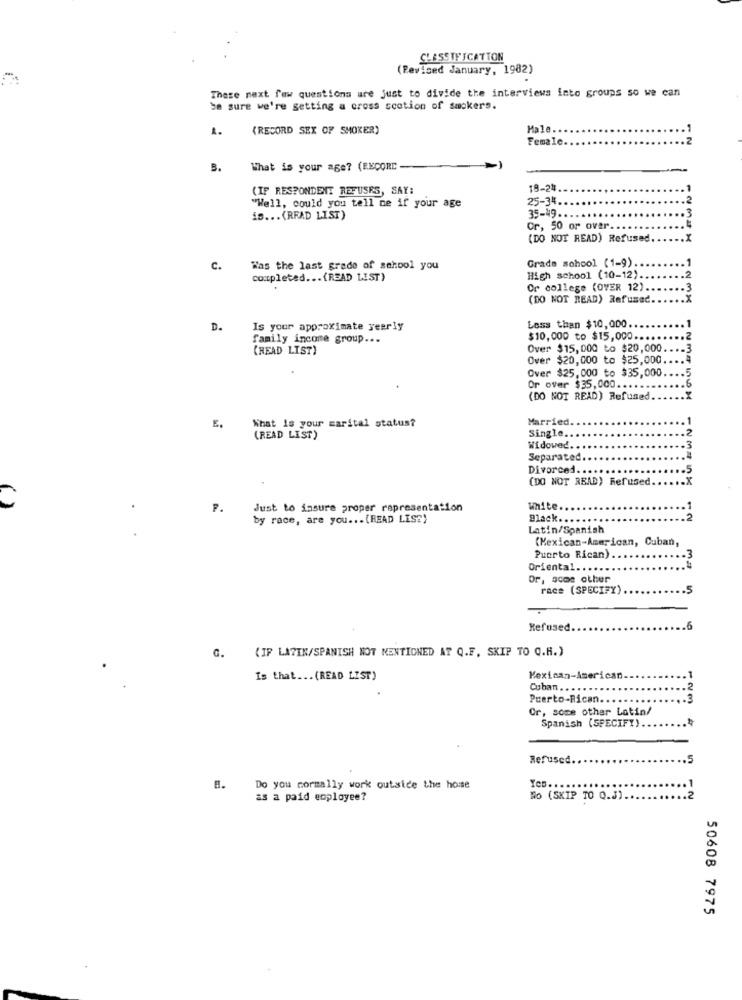
CLASSIFICATION
(Revised January, 1982)
These next few questions are just to divide the interviews into groups so we can
be sure we're getting a cross scotion of smokers.
(RECORD SEX OF SMOKER)
Male.
Female
B.
What is your age? (RECORD
(IF RESPONDENT REFUSES, SAY:
19-24
25-34
"Well, could you tell me if your age
is ... (READ LIST)
35-49.
Or, 50 or over.
(DO NOT READ) Refused.
Grade school (1-9)
C.
Was the last grade of school you
completed ... (READ LIST)
High school (10-12)
Or college (OVER 12).
(DO NOT READ) Refused.
D.
Is your approximate yearly
Less than $10,000
family income group ...
$10,000 to $15,000 ...
(READ LIST)
Over $15,000 to $20,000
Over $20,000 to $25,000.
Over $25,000 to $35,000.
Or over $35,000 .....
(DO NOT READ) Refused.
What Is your marital status?
Married.
E.
(READ LIST)
Single ...
Widowed ..
Separated
Divorced.
(DO NOT READ) Refused.
P.
Just to insure proper representation
White
by race, are you ... (READ LISE)
Black.
Latin/Spanish
(Mexican-American, Cuban,
Puerto Rican)
Oriental.
Or, some other
race (SPECIFY)
Refused
6
(IF LATIN/SPANISH NOT MENTIONED AT Q.F, SKIP TO Q.H.)
G.
Is that ... (READ LIST)
Mexican-American
Cuban ... .. ..
.2
Puerto-Rican.
.3
Or, some other Latin/
Spanish (SPECIFY)
.
Refused.
.5
Do you cormally work outside the house
Yes ...
as a paid employee?
NO (SKIP TO Q.3) ..
.2
50608 7975